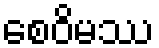
စေဝိမဿ